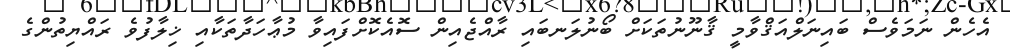
އެހެން ނަމަވެސް ބައިނަލްއަޤްވާމީ ޤާނޫނުތަކަށް ބޯނުލަނބައި ރާއްޖެއިން ސޮއެކޮށްފައިވާ މުޢާހަދާތަކާއި ޚިލާފުވެ ރައްޔިތުންގެ